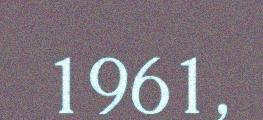
1961,